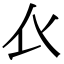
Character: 𧘇